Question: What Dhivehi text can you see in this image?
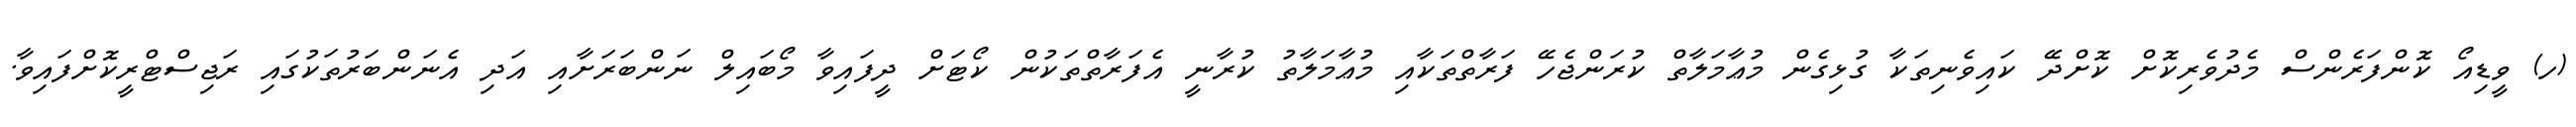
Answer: (ހ) ވީޑިއޯ ކޮންފަރެންސް މެދުވެރިކޮށް ކޮށްދޭ ކައިވެނިތަކާ ގުޅިގެން މުޢާމަލާތް ކުރަންޖެހޭ ފަރާތްތަކާއި މުޢާމަލާތު ކުރާނީ އެފަރާތްތަކުން ކޯޓަށް ދީފައިވާ މޯބައިލް ނަންބަރަށާއި އަދި އެނަންބަރުތަކުގައި ރަޖިސްޓްރީކޮށްފައިވާ.